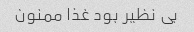
بی نظیر بود غذا ممنون